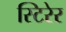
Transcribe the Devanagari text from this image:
स्टिरेर